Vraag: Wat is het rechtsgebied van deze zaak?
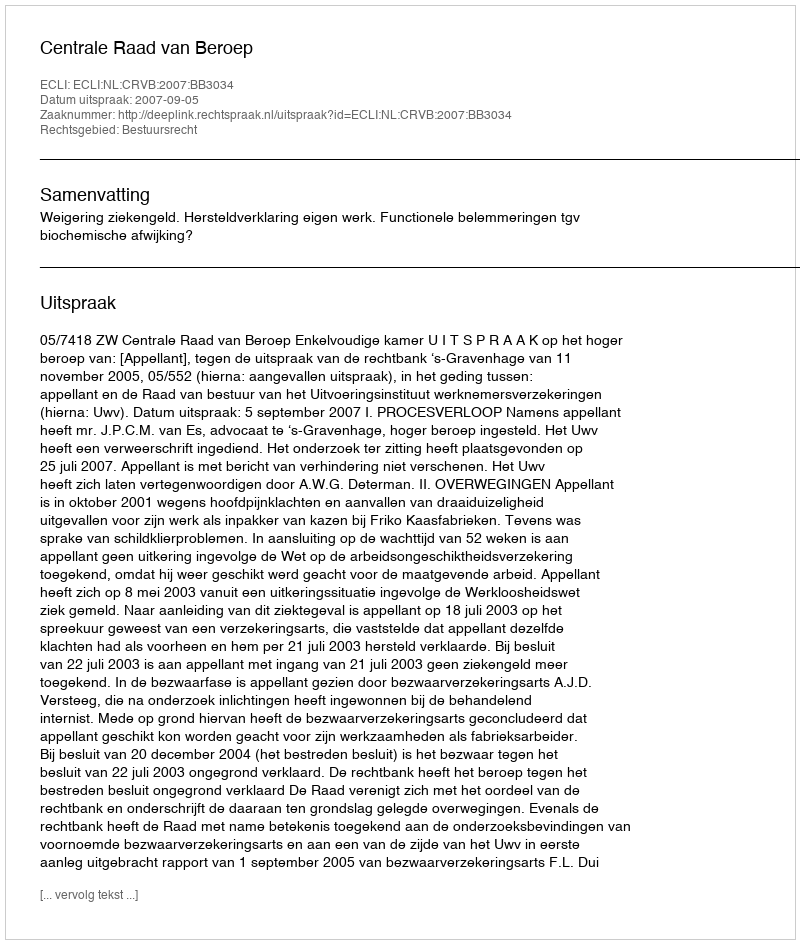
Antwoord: Bestuursrecht